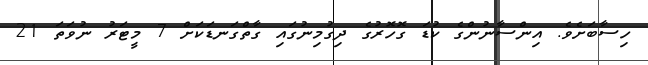
ހިސާބަށެވެ. އިންސާނުންގެ ކުޑަ ގޮހޮރުގެ ދިގުމިނުގައި ގާތްގަނޑަކަށް 7 މީޓަރު ނުވަތަ 21